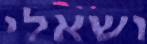
ושאלי